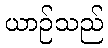
ယာဉ်သည်